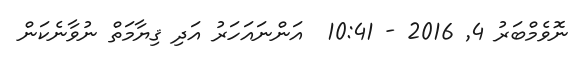
ނޮވެމްބަރު 4